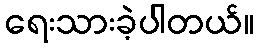
ရေးသားခဲ့ပါတယ်။